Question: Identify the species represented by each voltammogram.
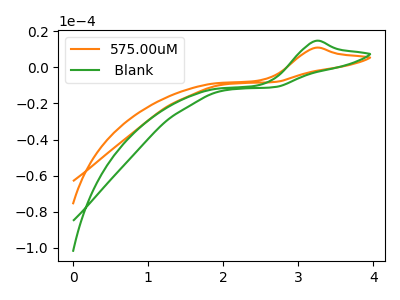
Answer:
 <answer>The orange curve is labeled "575.00uM". The green curve is labeled " Blank".</answer>
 <eval></eval>